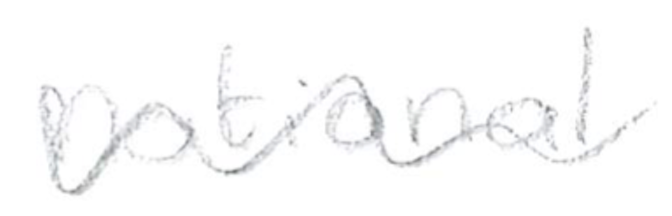
Text: national
Cross-out: wave
Writing tool: pencil